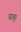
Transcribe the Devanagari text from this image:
घञ्।